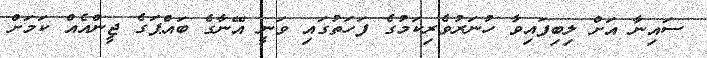
ސައިނާ އަށް ލިބިފައިވާ ހުނަރުވެރިކަމުގެ ފަހަތުގައި ވަނީ އޭނާގެ ބައްޕަގެ ޖީންއެއް ކަމަށް